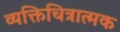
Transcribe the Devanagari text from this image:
व्यक्तिचित्रात्मक